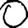
Digit: 0